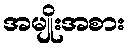
အမျိုးအစား